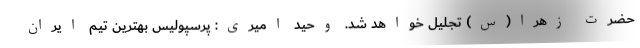
حضرت زهرا(س) تجلیل خواهد شد. وحید امیری: پرسپولیس بهترین تیم ایران